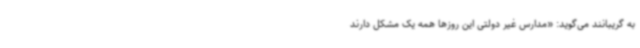
به گریبانند می‌گوید: «مدارس غیر دولتی این روزها همه یک مشکل دارند